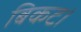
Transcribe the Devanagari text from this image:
बिकट।